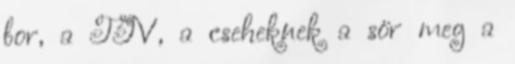
bor, a TGV, a cseheknek a sör meg a